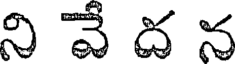
ని వే ద న